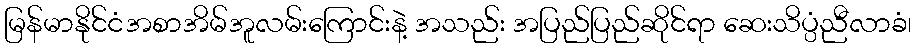
မြန်မာနိုင်ငံအစာအိမ်အူလမ်းကြောင်းနဲ့ အသည်း အပြည်ပြည်ဆိုင်ရာ ဆေးသိပ္ပံညီလာခံ၊